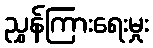
ညွှန်ကြားရေးမှုး